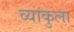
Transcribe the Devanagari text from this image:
व्याकुला